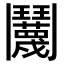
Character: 𬴱